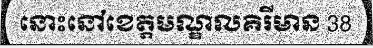
នោះនៅខេត្តមណ្ឌលគិរីមាន 38